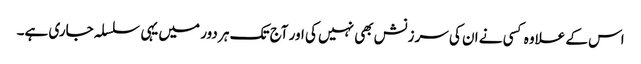
اس کے علاوہ کسی نے ان کی سرزنش بھی نہیں کی اور آج تک ہر دور میں یہی سلسلہ جاری ہے۔